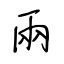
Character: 兩